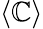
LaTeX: \langle\mathbb{C}\rangle